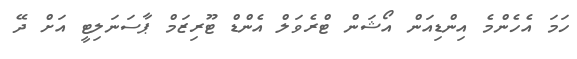
ހަމަ އެހެންމެ އިންޑިއަން އޯޝަން ޓްރެވަލް އެންޑް ޓޫރިޒަމް ޕާސަނަލިޓީ އަށް ދޭ